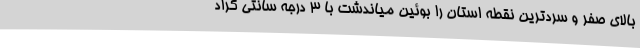
بالای صفر و سردترین نقطه استان را بوئین میاندشت با 3 درجه سانتی گراد